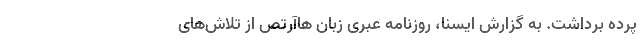
پرده برداشت. به گزارش ایسنا، روزنامه عبری زبان هاآرتص از تلاش‌های